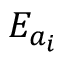
E _ { a _ { i } }